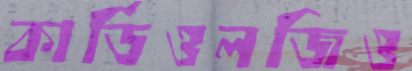
কার্ডিওলজিও